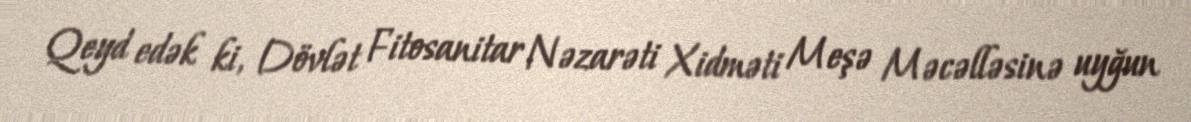
Qeyd edək ki, Dövlət Fitosanitar Nəzarəti Xidməti Meşə Məcəlləsinə uyğun